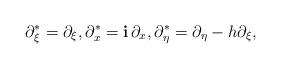
LaTeX: \begin{align*} \partial_\xi^* = \partial_\xi, \partial_x^* = {\bf i} \, \partial_x, \partial_\eta^* = \partial_\eta - h \partial_\xi,\end{align*}